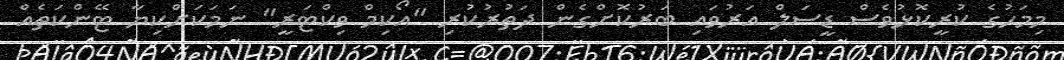
މިމަހުގެ ކުރީކޮޅުވެސް ޑީސަލް އަރުވައި ބަރުކޮށްގެން ދަތުރުކުރި "އޯކިމް ވިކްޓަރީ" ނަމަކަށްކިޔާ ޓޭންކަތެއް